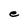
Character: e